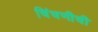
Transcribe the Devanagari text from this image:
चिंचणीची